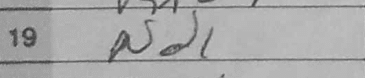
Transcription: Nd1